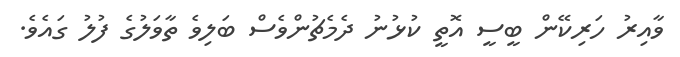
ވާއިރު ހަރިކޭން ބީސީ އޮތީ ކުޅުނު ދެމެޗުންވެސް ބަލިވެ ތާވަލުގެ ފުލު ގައެވެ.